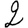
Digit: 2